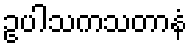
ဥပါသကသတာနံ